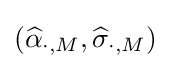
({\widehat {\alpha }}_{\cdot ,M},{\widehat {\sigma }}_{\cdot ,M})